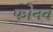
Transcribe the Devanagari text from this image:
फोनवं